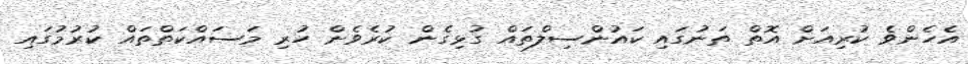
އެހެންވެ ކުރިއަށް އޮތް ތަނުގައި ކައުންސިލްތައް ގުޅިގެން ކުރެވެން ހުރި މަސައްކަތްތައް ކުރުމުގައި